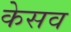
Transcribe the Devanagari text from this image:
केसव